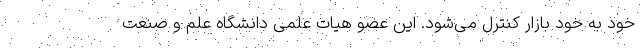
خود به خود بازار کنترل می‌شود. این عضو هیات علمی دانشگاه علم و صنعت